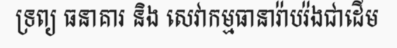
ទ្រព្យ ធនាគារ និង សេវាកម្មធានារ៉ាបរ៉ងជាដើម